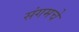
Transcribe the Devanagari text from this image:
संगमचे